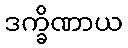
ဒက္ခိဏာယ